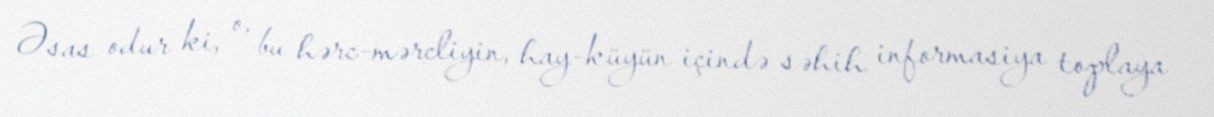
Əsas odur ki, o, bu hərc-mərcliyin, hay-küyün içində səhih informasiya toplaya